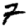
Digit: 7